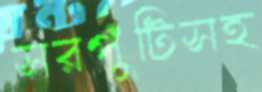
সরপুঁটিসহ